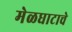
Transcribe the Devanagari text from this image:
मेळघाटाचे